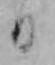
日